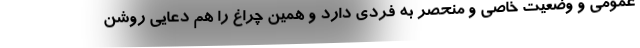
عمومی و وضعیت خاصی و منحصر به فردی دارد و همین چراغ را هم دعایی روشن